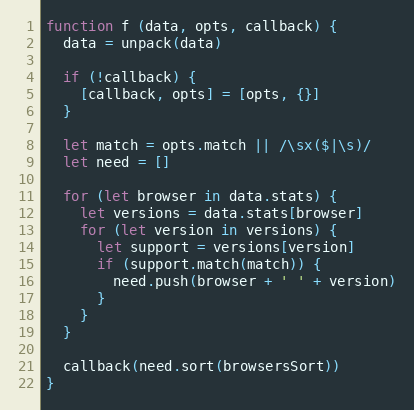
Language: JavaScript
function f (data, opts, callback) {
  data = unpack(data)

  if (!callback) {
    [callback, opts] = [opts, {}]
  }

  let match = opts.match || /\sx($|\s)/
  let need = []

  for (let browser in data.stats) {
    let versions = data.stats[browser]
    for (let version in versions) {
      let support = versions[version]
      if (support.match(match)) {
        need.push(browser + ' ' + version)
      }
    }
  }

  callback(need.sort(browsersSort))
}